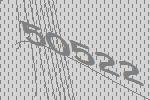
50522